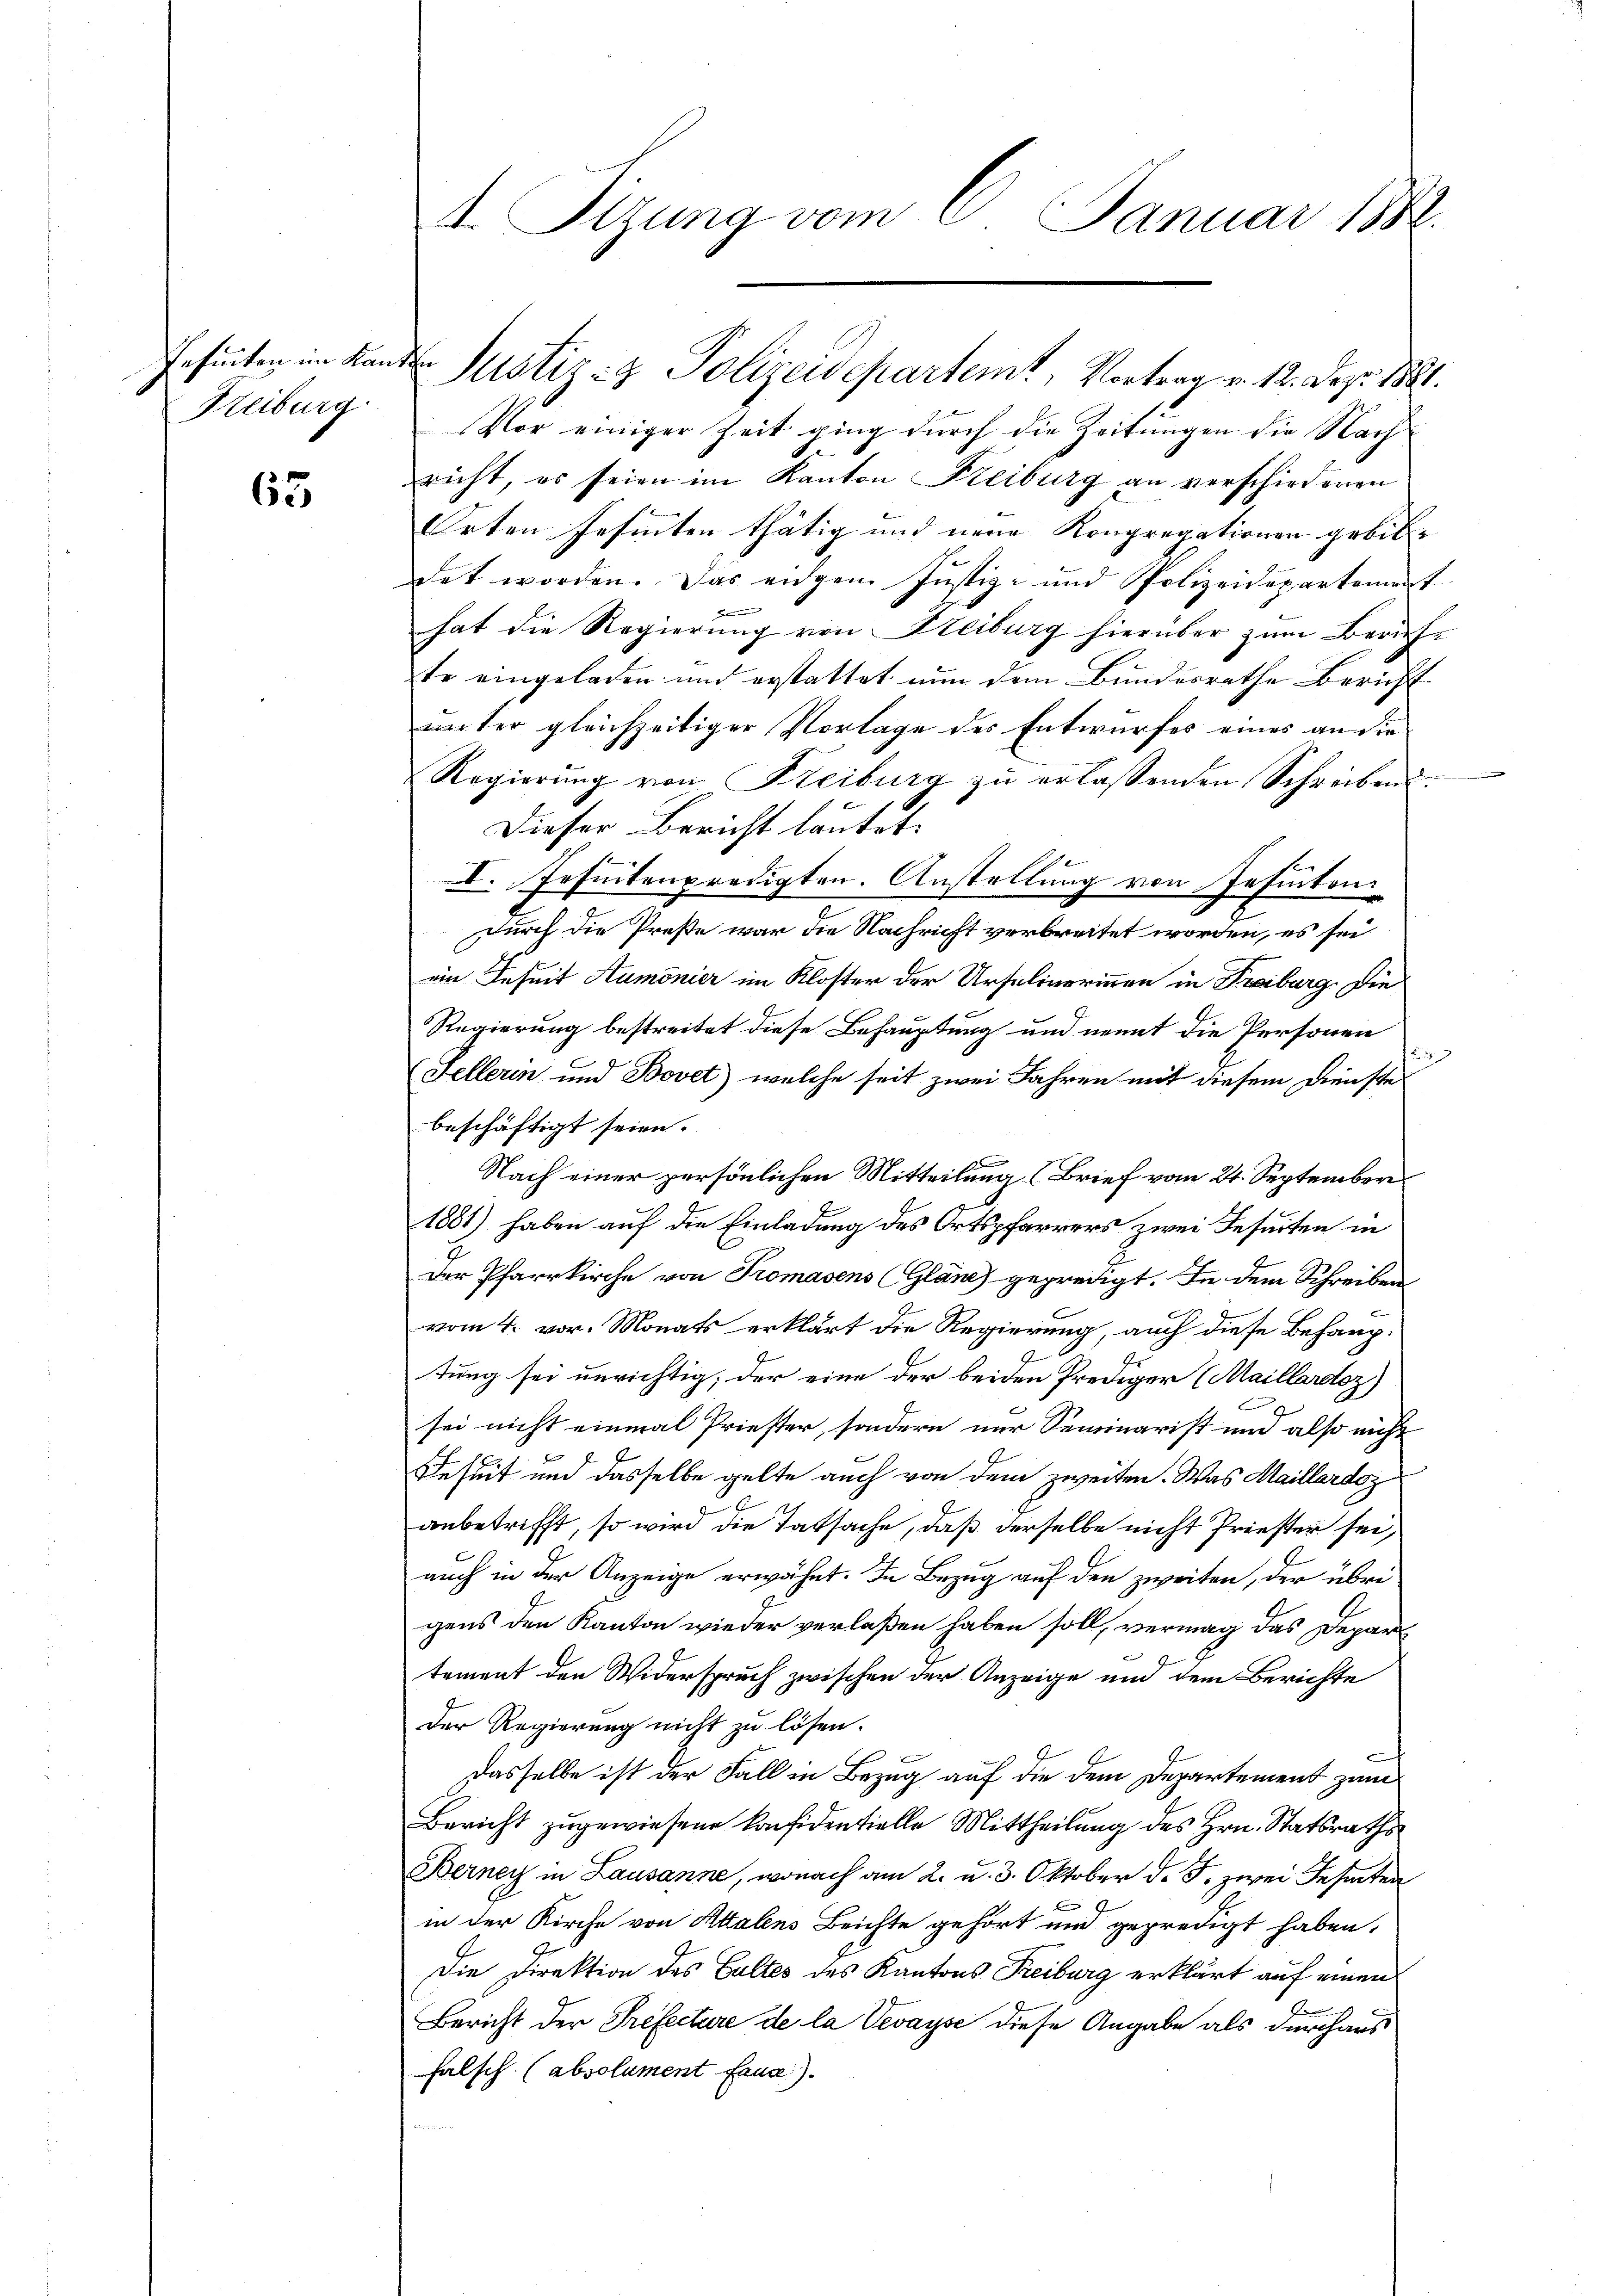
Gehenten im Kanton
Freiburg.

65

4. Tizung vom 6. Januar 1882.

Justiz- & Polizeidepartemt, Vortrag v. 12. Dez. 1881.
Vor einiger Zeit ging durch die Zeitungen die Nach
richt, es seien im Kanton Freiburg an verschiedenen
Orten Gesinnten thätig und neue Kongregationen gebil- |
det worden. Das eigen Justiz- und Polizeidepartement
hat die Regierung von Freiburg hierüber zum Beriche
te eingeladen und erstattet nun dem Bundesrathe Bericht
unter gleichzeitiger Vorlage des Entwurfes eines an die
Regierŭng von Freiburg zŭ erlassenden Schreiben.
Dieser Bericht lautet.
I. Jesuitenpredigten. Anstellung von Insinten
durch die Preße war die Nachricht verbreitet worden, es sei
ein Inseit Aumonier im Kloster der Ursulinerinnen in Freiburg. Die
Regierung bestreitet diese Behauptung und nemit die Personen
3
Sellerin und Bovet) welche seit zwei Jahren mit diesem Dienste
beschäftigt seien.
Nach einer persönlichen Mitteilung (Brief vom 24. September
1881) haben auf die Einladung des Ortspfarrers zwei Jesuiten in
Der Pfarrkirche von Tromasens (Gläne gepredigt. In dem Schreiben
vom 4. vor. Monats erklärt die Regierung, auch diese Behauptung sei unrichtig; der eine der beiden Prediger (Maillardoz)
sei nicht einmal Priester, sondern nur Seminarist und also nicht
Jeseit und dasselbe gelte auch von dem zweiten. Was Maillardoz
anbetrifft, so wird die Tatsache, daß derselbe nicht Priester sei,
auch in der Anzeige erwähnt. In Bezug auf den zweiten, der übrigens den Kanton wieder verlaßen haben soll, vermag das Depar
tement den Widerspruch zwischen der Anzeige und dem Berichte
Der Regierung nicht zu lösen.
Dasselbe ist der Fall in Bezug auf die dem Departement zum
Bericht zugewiesene Konfidentielle Mittheilung des Hrn. Statsraths¬
Berney in Lausanne, wonach am 2. u. 3. Oktober d. J. zwei Festen
u
in der Kirche von Attalens Beichte gehört und gepredigt haben.
Die Direktion des Gultés des Kantons Freiburg erklärt auf einen
2
Bericht der Trefecture de la Vevayse diese Angabe als durchaus
halsch (absolument Erna).